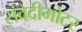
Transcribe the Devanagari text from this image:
संवेदीमोटर